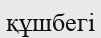
құшбегі